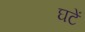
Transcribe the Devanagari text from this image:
घटें